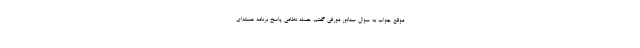
موقع جواب به سوال سناتور مورفی گفتم، حمله نظامی پاسخ برنامه هسته‌ای